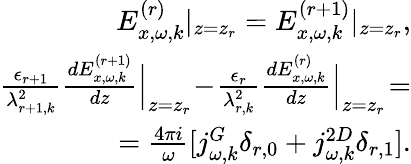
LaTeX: \begin{array}{r}{E_{x,\omega,k}^{(r)}|_{z=z_{r}}=E_{x,\omega,k}^{(r+1)}|_{z=z_{r}},}\\ {\frac{\epsilon_{r+1}}{\lambda_{r+1,k}^{2}}\frac{dE_{x,\omega,k}^{(r+1)}}{dz}\Big|_{z=z_{r}}\! -\! \frac{\epsilon_{r}}{\lambda_{r,k}^{2}}\frac{dE_{x,\omega,k}^{(r)}}{dz}\Big|_{z=z_{r}}\! =}\\ {=\frac{4\pi i}{\omega}[j_{\omega,k}^{G}\delta_{r,0}+j_{\omega,k}^{2D}\delta_{r,1}].}\end{array}